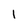
Character: 1